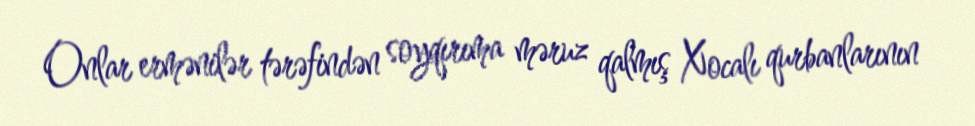
Onlar ermənilər tərəfindən soyqırıma məruz qalmış Xocalı qurbanlarının